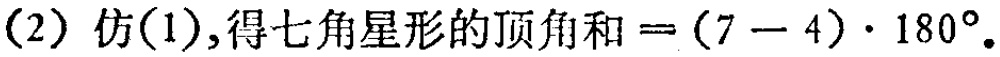
(2) 仿(1),得七角星形的顶角和\(=(7 - 4)\cdot180^{\circ}\)。